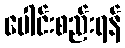
ပေါင်းစည်းရန်